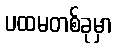
ပထမတစ်ခုမှာ